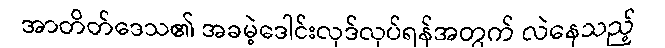
အာတိတ်ဒေသ၏ အခမဲ့ဒေါင်းလုဒ်လုပ်ရန်အတွက် လဲနေသည့်